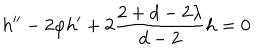
LaTeX: h ^ { \prime \prime } - 2 \varphi h ^ { \prime } + 2 \frac { 2 + d - 2 \lambda } { d - 2 } h = 0